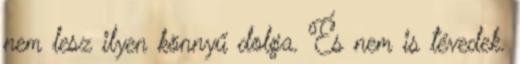
nem lesz ilyen könnyű dolga. És nem is tévedek.